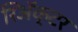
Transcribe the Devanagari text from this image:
रिअॅक्टर